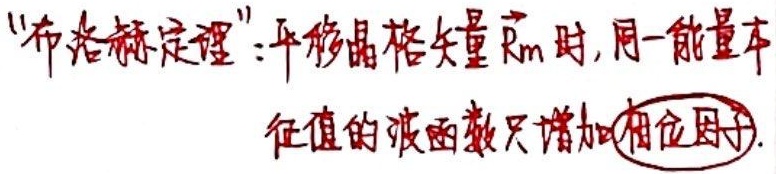
“布洛赫定理”：平移晶格矢量 $\vec{R}_m$ 时，同一能量本征值的波函数只增加相位因子.